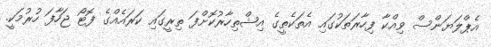
އެޕްލަޔަންސް ވިއްކާ ފިހާރަތަކުގައި އެތަކެތީގެ އިޝްތިހާރުކޮށްފަ ތިރީގައި ކަރައެއްގެ ފޮޓޯ ޖަހާފަ ހުރުމަކީ.